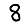
Digit: 8